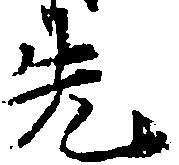
先